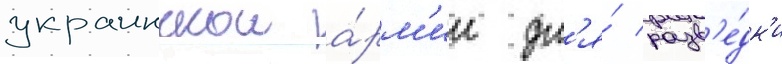
украинскои а́рм'ии дл'я́ разв'е́дк'и